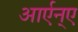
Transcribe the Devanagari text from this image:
आर्एन्ए